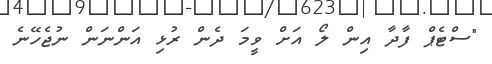
"ސްޓެޕް ފާދާ އިން ލޯ އަށް ވީމަ ދެން ރުޅި އަންނަން ނުޖެހޭނެ